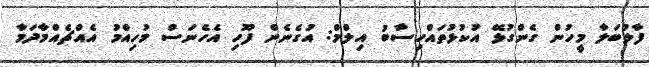
ފާލުބަލާ މީހުން ގެންގުޅޭ އުކުޅުތައްހިސާބު އިލްމް: އުގެނެން ފޫހި އެހެނަސް މުހިއްމު އެއްޗެއްމާދަމާ